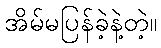
အိမ်မပြန်ခဲ့နဲ့တဲ့။